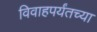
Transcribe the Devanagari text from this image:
विवाहपर्यंतच्या